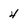
Character: 4